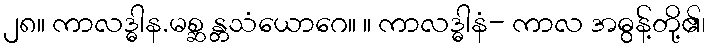
၂၈။ ကာလဒ္ဓါန.မစ္ဆ န္တသံယောဂေ။ ။ ကာလဒ္ဓါနံ- ကာလ အဓွန့်တို့၏၊